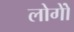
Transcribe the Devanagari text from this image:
लोगोें